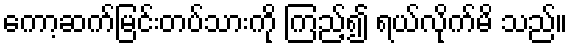
ကော့ဆက်မြင်းတပ်သားကို ကြည့်၍ ရယ်လိုက်မိ သည်။